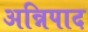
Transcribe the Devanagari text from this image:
अन्निपाद